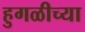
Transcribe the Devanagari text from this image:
हुगळीच्या